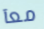
معآ